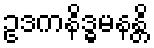
ဥဒကနိဒ္ဓမနန္တိ